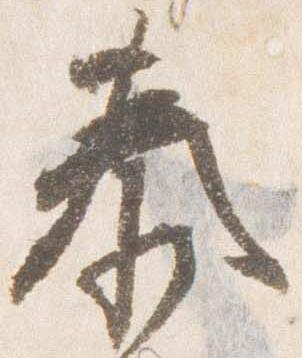
泰